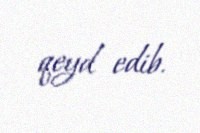
qeyd edib.